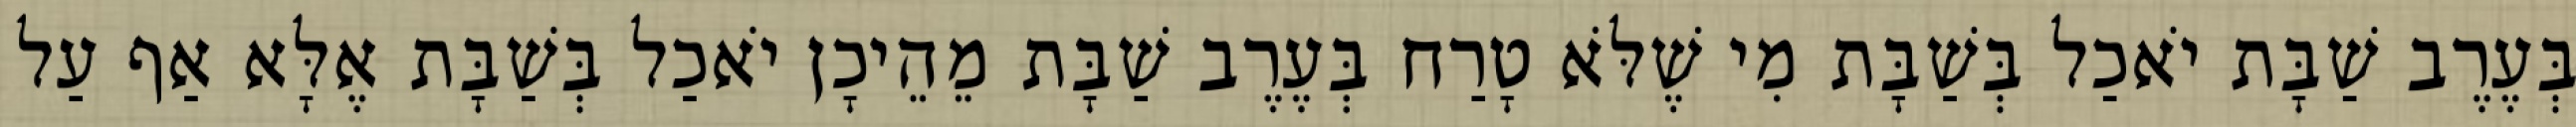
בְּעֶרֶב שַׁבָּת יֹאכַל בְּשַׁבָּת מִי שֶׁלֹּא טָרַח בְּעֶרֶב שַׁבָּת מֵהֵיכָן יֹאכַל בְּשַׁבָּת אֶלָּא אַף עַל